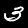
Digit: 3